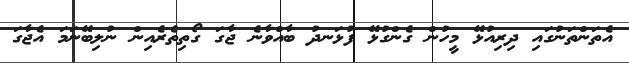
އެތަންތަނުގައި ދިރިއުޅޭ މީހުން ގެންގުޅޭ ފުޅަނދު ބާއްވާނެ ޖާގަ ގޯތިތެރެއިން ނުލިބޭނަމަ އެޖާގަ